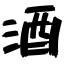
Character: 酒